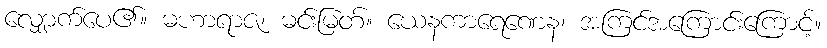
လျှောက်ပေ၏။ မဟာရာဇ၊ မင်းမြတ်။ ယေနကာရေဏေန၊ အကြင်အကြောင်းကြောင့်။